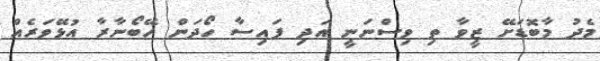
މެދު މާބޮޑަށޭ ޒީވާ ތި ވިސްނަނީ އަދި ފައިސާ ހޯދަން ހޭބޯނާރާ އުޅޭވަރެއް